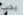
يجب